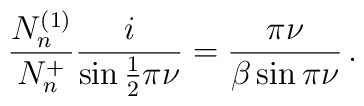
\frac{N_{n}^{(1)}}{N_{n}^{+}}\frac{i}{\sin \frac{1}{2}\pi \nu }=\frac{\pi\nu }{\beta \sin \pi \nu }\,.